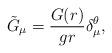
LaTeX: \begin{align*}\tilde G_{\mu } = \frac{G(r)}{g r} \delta^{\theta}_{\mu} , \end{align*}